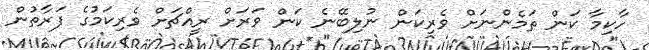
ހާކިމާ ކަން ތަމެންނަށް ވެރިކަން ނުލިބޭނެ ކަން ވަރަށް ރީއްޗަށް ވެރިކަމުގެ ފަރާތުން